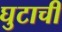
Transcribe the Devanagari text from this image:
घुटाची